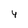
Character: 4